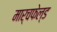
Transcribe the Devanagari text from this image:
मार्चफेल्ड